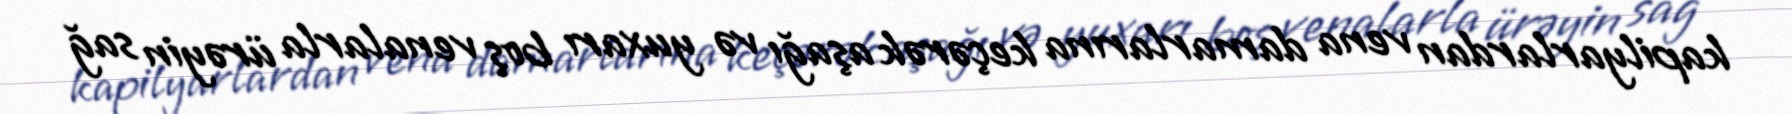
kapilyarlardan vena damarlarına keçərək aşağı və yuxarı boş venalarla ürəyin sağ